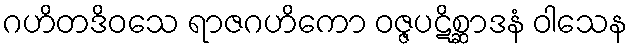
ဂဟိတဒိဝသေ ရာဇဂဟိကော ဝဇ္ဇပဋိစ္ဆာဒနံ ဝါသေန